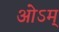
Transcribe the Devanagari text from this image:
ओऽम्‌